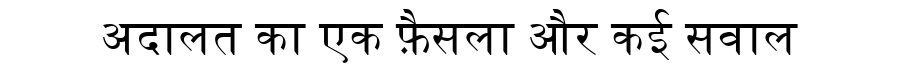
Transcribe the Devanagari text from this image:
अदालत का एक फ़ैसला और कई सवाल